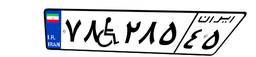
۷۸W۲۸۵۴۵